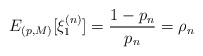
\begin{align*} E_{(p,M)}[\xi_{1}^{(n)}]=\frac{1-p_n}{p_n}=\rho_n\end{align*}